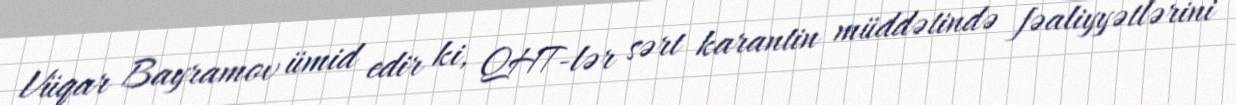
Vüqar Bayramov ümid edir ki, QHT-lər sərt karantin müddətində fəaliyyətlərini